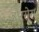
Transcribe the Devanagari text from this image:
हौरसेस़